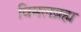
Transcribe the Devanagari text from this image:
विमलब्रह्म